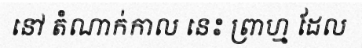
នៅ តំណាក់កាល នេះ ព្រាហ្ម ដែល